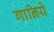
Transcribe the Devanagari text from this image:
गानिये